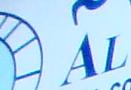
al